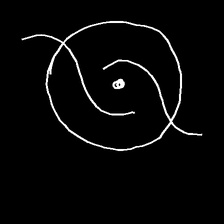
Glyph: repetition